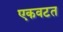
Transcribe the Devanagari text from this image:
एकवटत